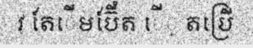
វ តែើមប៊ែីំត ើ្ តប្រើ